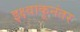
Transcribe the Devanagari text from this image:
इक्ष्वाकूनंतर